65_HS1-834228961_62-HQ-83894_Section_2
Agency: FBI
Page 95
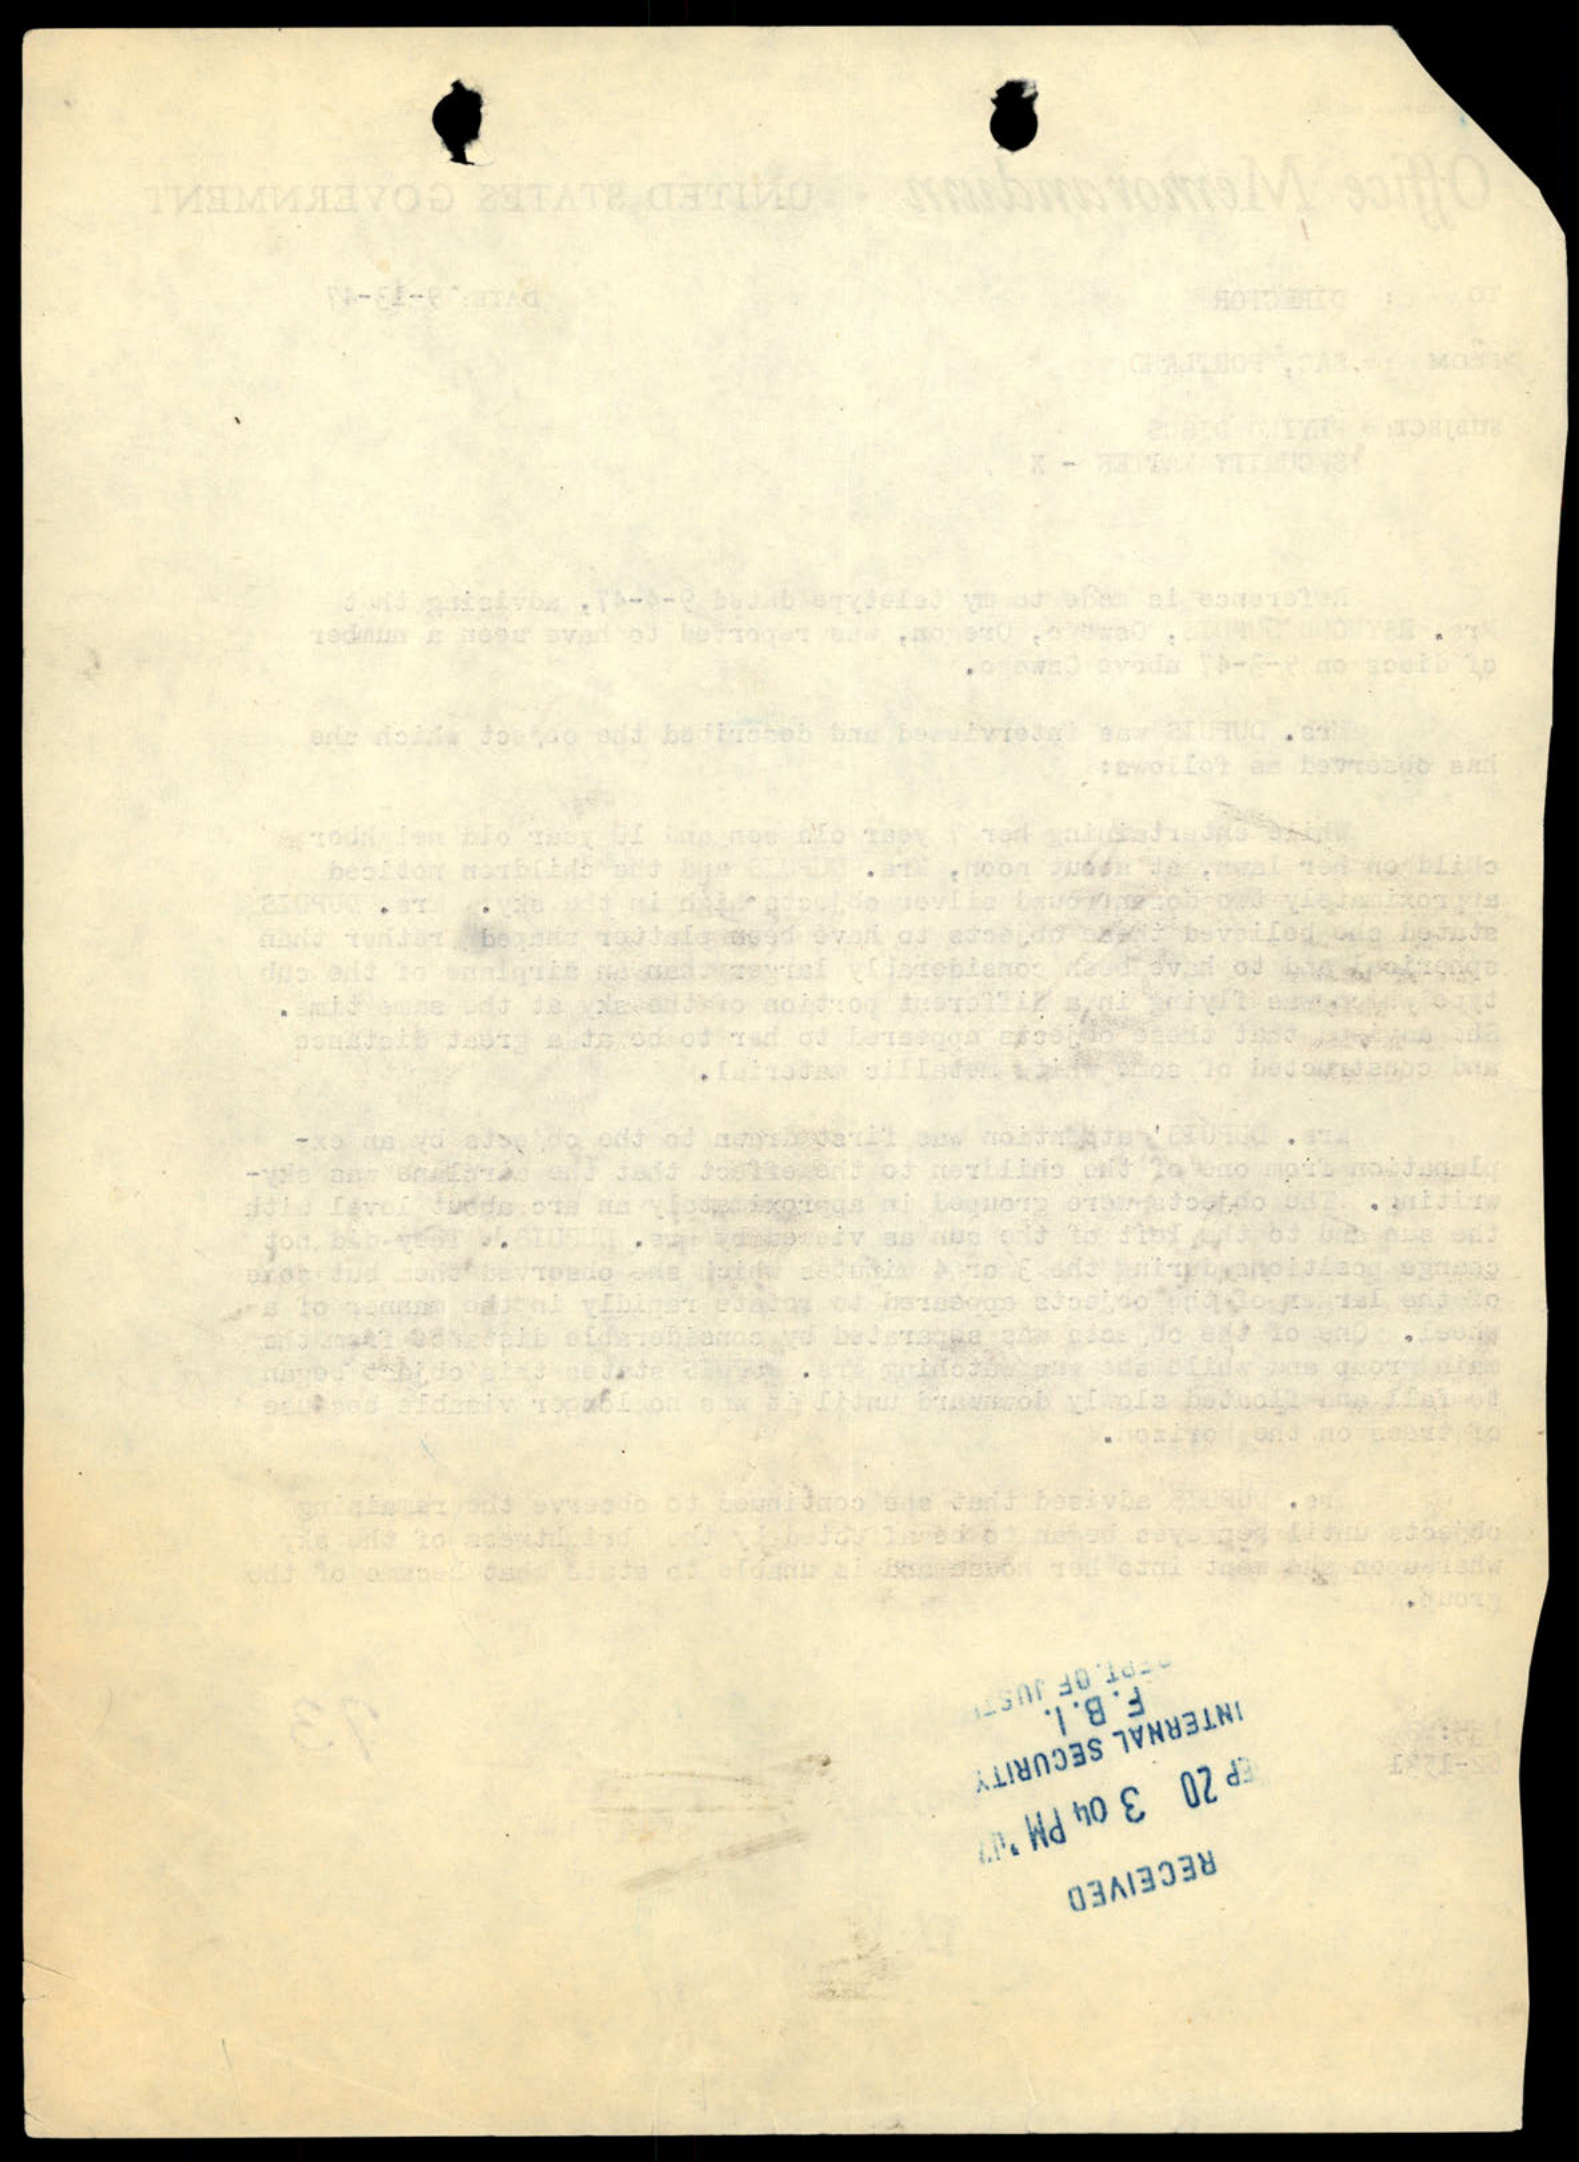